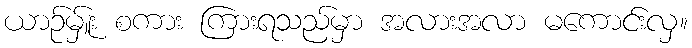
ယာဉ်မ်ှူး စကား ကြားရသည်မှာ အလားအလာ မကောင်းလှ။